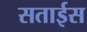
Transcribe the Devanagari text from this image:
सताईस